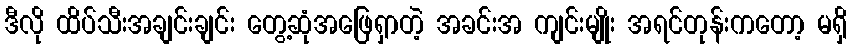
ဒီလို ထိပ်သီးအချင်းချင်း တွေ့ဆုံအဖြေရှာတဲ့ အခင်းအ ကျင်းမျိုး အရင်တုန်းကတော့ မရှိ